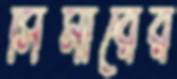
সিমারের